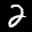
Label: 2